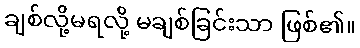
ချစ်လို့မရလို့ မချစ်ခြင်းသာ ဖြစ်၏။